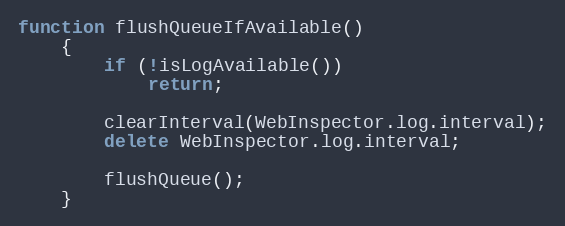
Language: JavaScript
function flushQueueIfAvailable()
    {
        if (!isLogAvailable())
            return;

        clearInterval(WebInspector.log.interval);
        delete WebInspector.log.interval;

        flushQueue();
    }